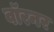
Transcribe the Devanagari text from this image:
वॉरनर